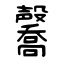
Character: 毊